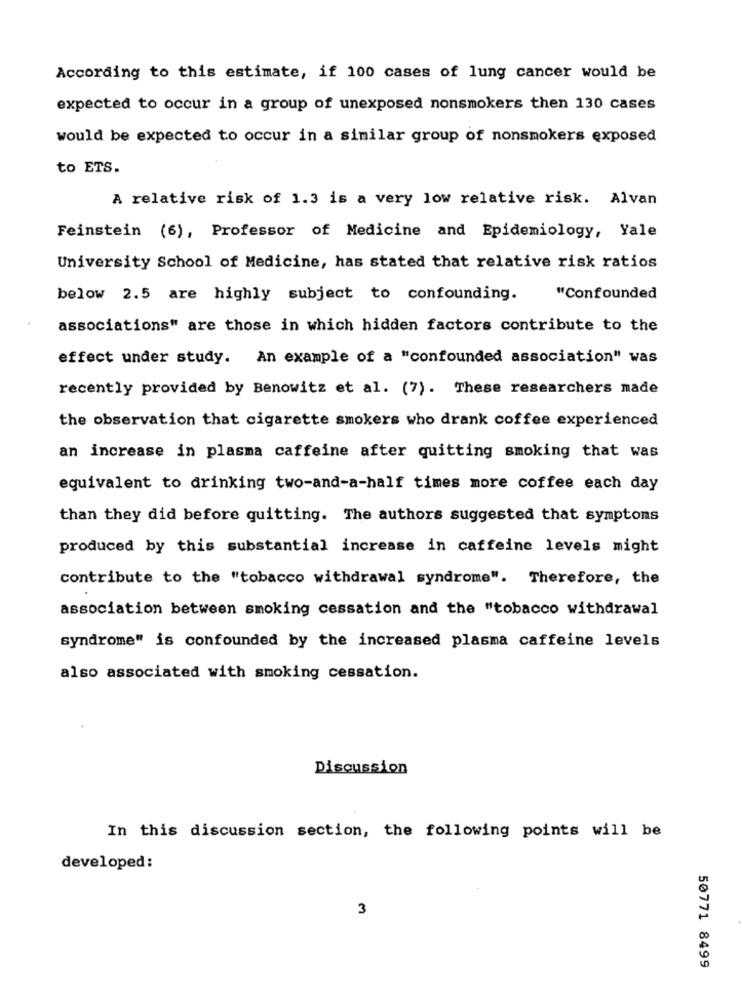
According to this estimate, if 100 cases of lung cancer would be
expected to occur in a group of unexposed nonsmokers then 130 cases
would be expected to occur in a similar group of nonsmokers exposed
to ETS.
A relative risk of 1.3 is a very low relative risk. Alvan
Feinstein (6), Professor of Medicine and Epidemiology, Yale
University School of Medicine, has stated that relative risk ratios
below 2.5 are highly subject to confounding.
"Confounded
associations" are those in which hidden factors contribute to the
effect under study. An example of a "confounded association" was
recently provided by Benowitz et al. (7). These researchers made
the observation that cigarette smokers who drank coffee experienced
an increase in plasma caffeine after quitting smoking that was
equivalent to drinking two-and-a-half times more coffee each day
than they did before quitting. The authors suggested that symptoms
produced by this substantial increase in caffeine levels might
contribute to the "tobacco withdrawal syndrome". Therefore, the
association between smoking cessation and the "tobacco withdrawal
syndrome" is confounded by the increased plasma caffeine levels
also associated with smoking cessation.
Discussion
In this discussion section, the following points will be
developed:
3
50771 8499